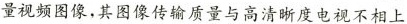
量视频图像，其图像传输质量与高清晰度电视不相上